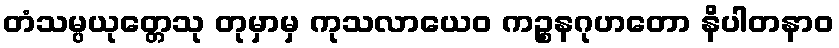
တံသမ္ပယုတ္တေသု တုမှာမှ ကုသလာယေဝ ကဉ္စနဂုဟတော နိပါတနာဝ